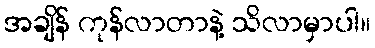
အချိန် ကုန်လာတာနဲ့ သိလာမှာပါ။